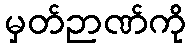
မှတ်ဉာဏ်ကို